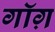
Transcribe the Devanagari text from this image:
गॉग़